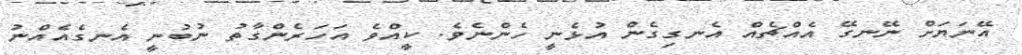
އޭނަޔަށް ނޭނގޭ އެއްޗެއް އެނގިގެން އުޅެނީ ހެންނެވެ. ކީއްވެ އަހަރެންގާތު ނުބުނީ އެނގެއެއްނު